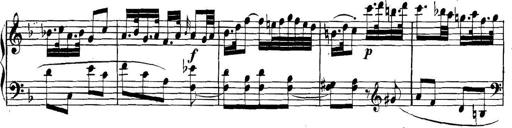
Title: Collected Piano Sonatas
Composer: Muzio Clementi